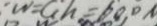
W = G h = 6 0 0 h